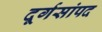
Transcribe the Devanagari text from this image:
दूर्गसांपद